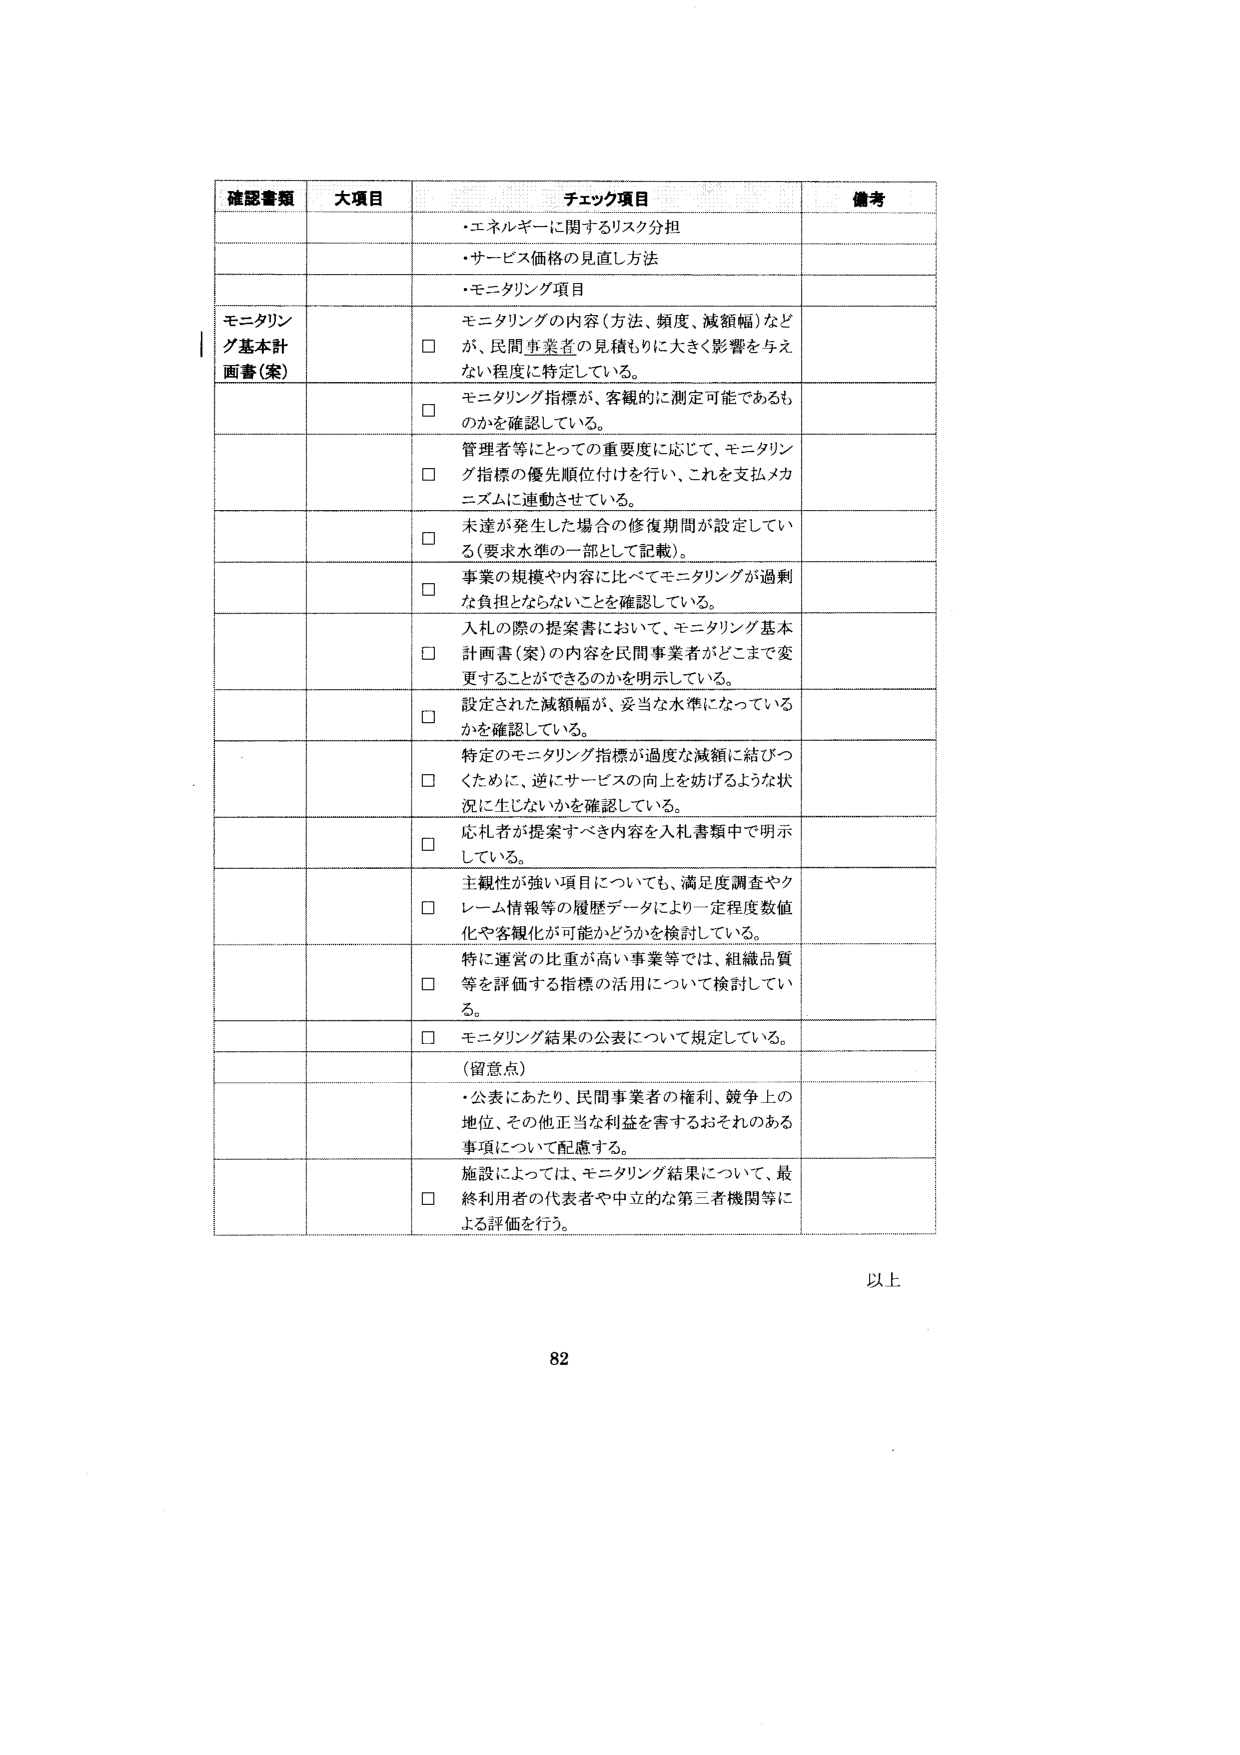
確認書類 大項目 チェック項目 備考
・エネルギーに関するリスク分担
・サービス価格の見直し方法
・モニタリング項目
モニタリング基本計画書（案）
□ モニタリングの内容（方法、頻度、減額幅）などが、民間事業者の見積もりに大きく影響を与えない程度に特定している。
□ モニタリング指標が、客観的に測定可能であるのかを確認している。
□ 管理者等にとっての重要度に応じて、モニタリング指標の優先順位付けを行い、これを支払メカニズムに連動させている。
□ 未達が発生した場合の修復期間が設定している（要求水準の一部として記載）。
□ 事業の規模や内容に比べてモニタリングが過剰な負担とならないことを確認している。
□ 入札の際の提案書において、モニタリング基本計画書（案）の内容を民間事業者がどこまで変更することができるのかを明示している。
□ 設定された減額幅が、妥当な水準になっているかを確認している。
□ 特定のモニタリング指標が過度な減額に結びつくために、逆にサービスの向上を妨げるような状況に生じないかを確認している。
□ 応札者が提案すべき内容を入札書類中で明示している。
□ 主観性が強い項目についても、満足度調査やクレーム情報等の履歴データにより一定程度数値化や客観化が可能かどうかを検討している。
□ 特に運営の比重が高い事業等では、組織品質等を評価する指標の活用について検討している。
□ モニタリング結果の公表について規定している。
（留意点）
・公表にあたり、民間事業者の権利、競争上の地位、その他正当な利益を害するおそれのある事項について配慮する。
□ 施設によっては、モニタリング結果について、最終利用者の代表者や中立的な第三者機関等による評価を行う。
以上
82